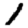
Digit: 1